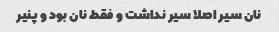
نان سیر اصلا سیر نداشت و فقط نان بود و پنیر